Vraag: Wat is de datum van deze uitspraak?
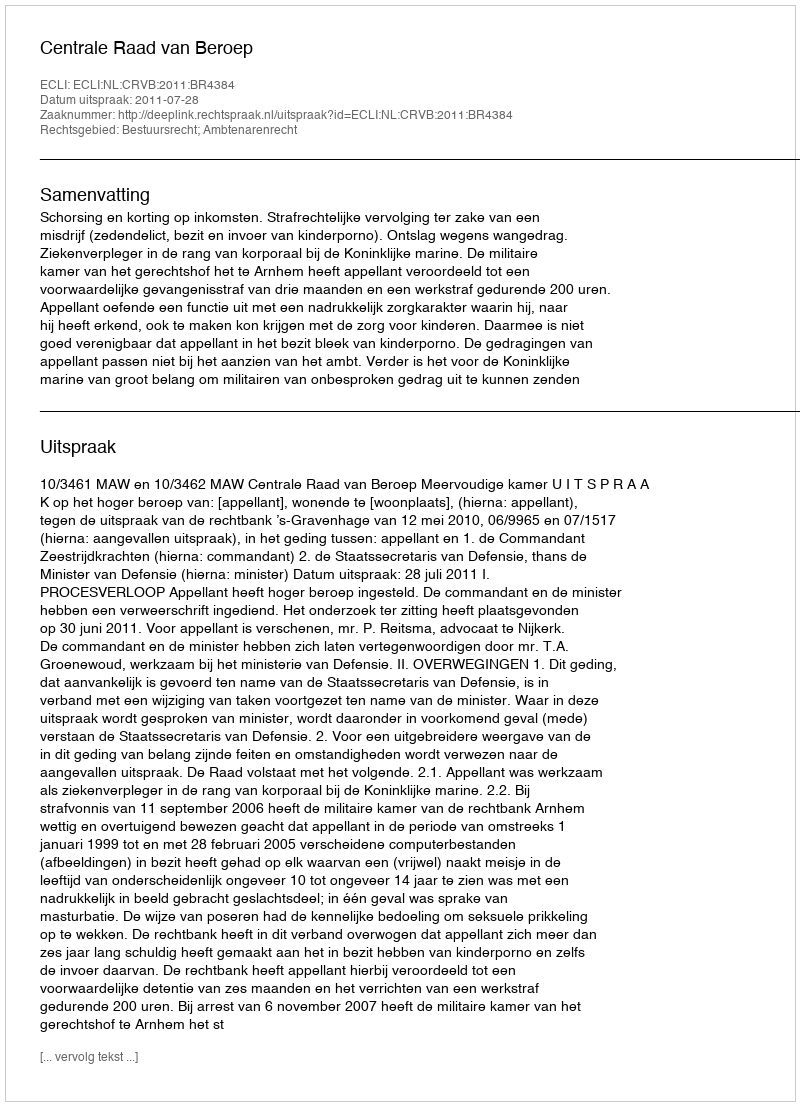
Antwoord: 2011-07-28